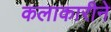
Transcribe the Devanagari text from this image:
कलाकारीने